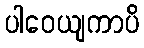
ပါဝေယျကာပိ